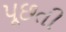
પૂછતી